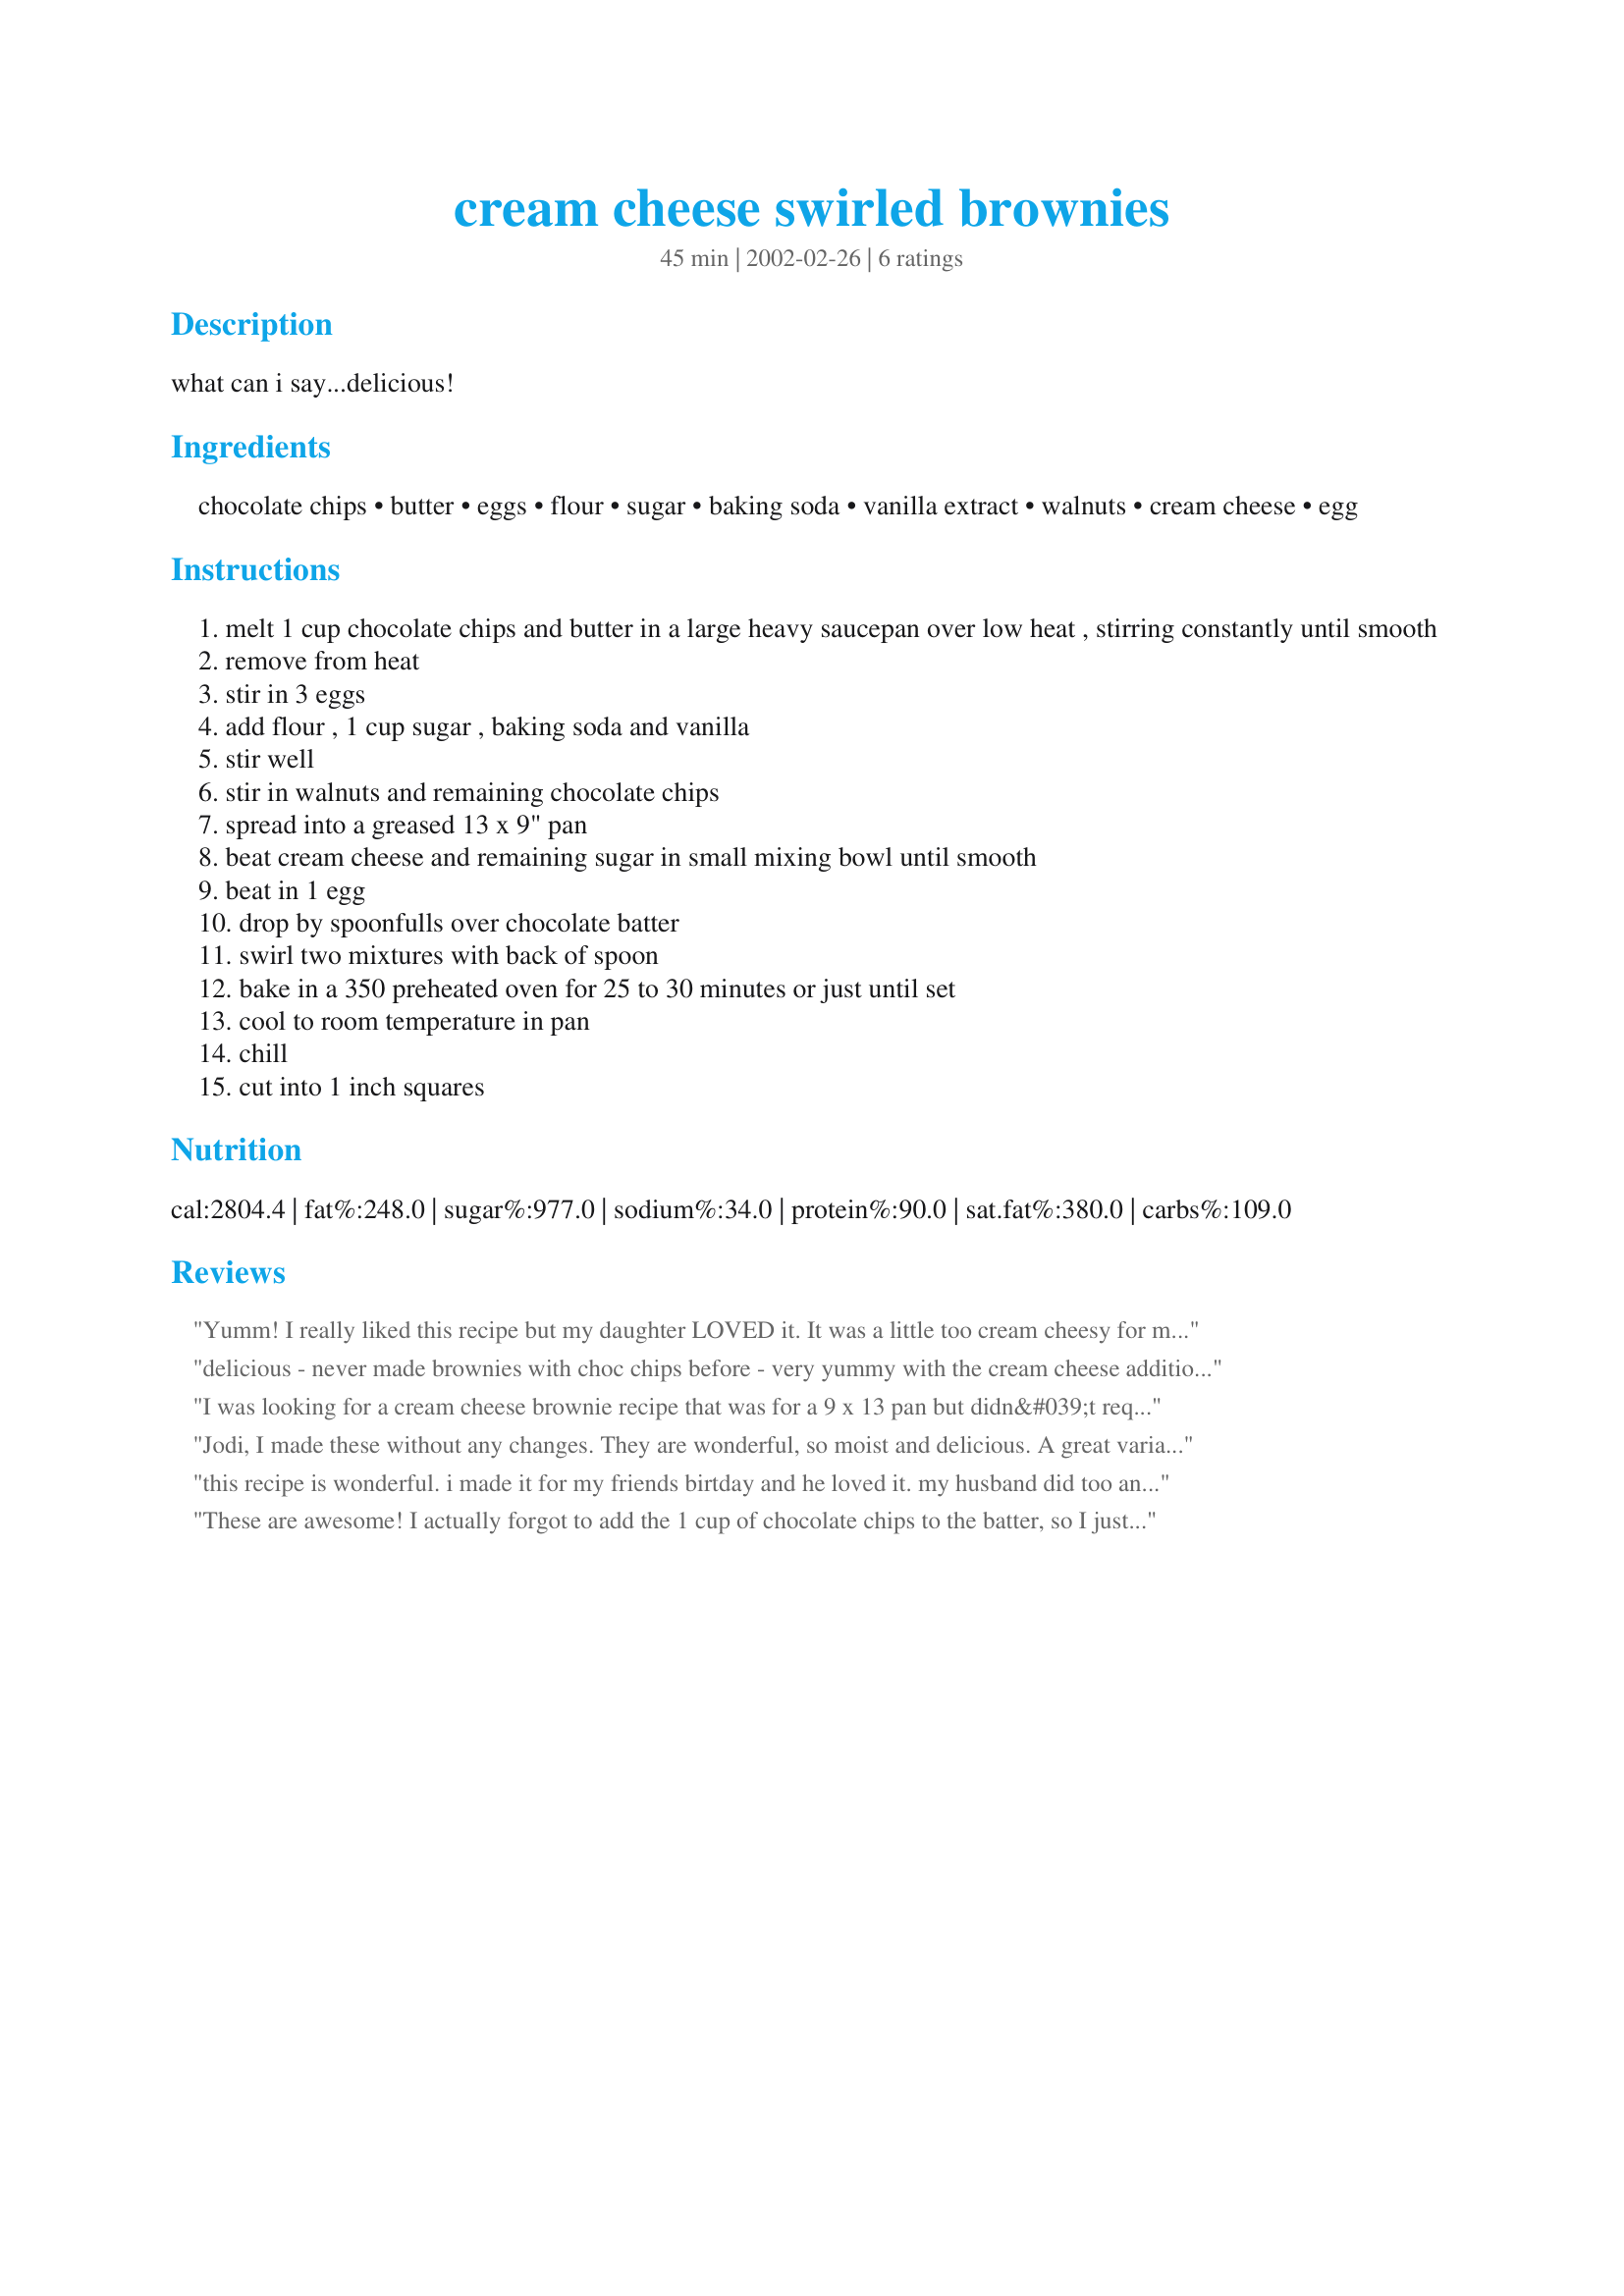
cream cheese swirled brownies
Preparation time: 45 minutes

what can i say...delicious!

Ingredients:
chocolate chips, butter, eggs, flour, sugar, baking soda, vanilla extract, walnuts, cream cheese, egg

Steps:
melt 1 cup chocolate chips and butter in a large heavy saucepan over low heat , stirring constantly until smooth
remove from heat
stir in 3 eggs
add flour , 1 cup sugar , baking soda and vanilla
stir well
stir in walnuts and remaining chocolate chips
spread into a greased 13 x 9" pan
beat cream cheese and remaining sugar in small mixing bowl until smooth
beat in 1 egg
drop by spoonfulls over chocolate batter
swirl two mixtures with back of spoon
bake in a 350 preheated oven for 25 to 30 minutes or just until set
cool to room temperature in pan
chill
cut into 1 inch squares

Reviews:
Yumm! I really liked this recipe but my daughter LOVED it. It was a little too cream cheesy for me. I'll probably half the cream cheese next time. Over all it is a GREAT brownie! I oopsed and melted all of the chocolate at once rather than stirring in half of the chips, but it came out delicious anyway. Thank you ThatJodiGirl!!!!!
delicious - never made brownies with choc chips before - very yummy with the cream cheese addition too!
I was looking for a cream cheese brownie recipe that was for a 9 x 13 pan but didn&#039;t require a mix and found this one. It comes out to a perfect sized 24 brownies, moist but dense. The best part is that its very chocolatey. It was also quite easy to make. I disagree that there was too much cream cheese -- it seemed fine and it is a cream cheese brownie recipe. I found the swirling at the end a bit difficult since the mixtures are very different consistencies and I thought it was going to be too much cream cheese on top, but after its cooked it is all fine -- so you don&#039;t need to &quot;swirl&quot; it to death, just enough to make it pretty.
Jodi, I made these without any changes. They are wonderful, so moist and delicious. A great variation from regular brownies. Thanks a bunch for sharing.
this recipe is wonderful. i made it for my friends birtday and he loved it. my husband did too and now i have to make more. that means i'll eat more also. this by far is a great and very yummy brownies.i followed the recipe to the tee, but i did put in 1/2 c. of butter. thanks
These are awesome! I actually forgot to add the 1 cup of chocolate chips to the batter, so I just sprinkled them on top, after the cream cheese was swirled in. They turned out great. If you cut the brownies into 2" squares, it will yield 24.
